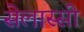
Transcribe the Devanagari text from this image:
सेलास्सी